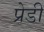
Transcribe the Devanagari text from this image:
प्रेडी